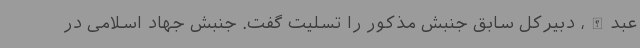
عبدالله،‌ دبیرکل سابق جنبش مذکور را تسلیت گفت. جنبش جهاد اسلامی در